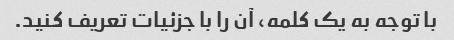
با توجه به یک کلمه، آن را با جزئیات تعریف کنید.